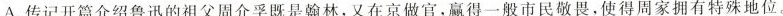
A.传记开篇介绍鲁迅的祖父周介孚既是翰林,又在京做官,赢得一般市民敬畏,使得周家拥有特殊地位